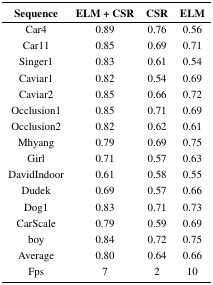
<table><thead><tr><td><b>Sequence</b></td><td><b>ELM + CSR</b></td><td><b>CSR</b></td><td><b>ELM</b></td></tr></thead><tbody><tr><td>Car4</td><td>0.89</td><td>0.76</td><td>0.56</td></tr><tr><td>Car11</td><td>0.85</td><td>0.69</td><td>0.71</td></tr><tr><td>Singer1</td><td>0.83</td><td>0.61</td><td>0.54</td></tr><tr><td>Caviar1</td><td>0.82</td><td>0.54</td><td>0.69</td></tr><tr><td>Caviar2</td><td>0.85</td><td>0.66</td><td>0.72</td></tr><tr><td>Occlusion1</td><td>0.85</td><td>0.71</td><td>0.69</td></tr><tr><td>Occlusion2</td><td>0.82</td><td>0.62</td><td>0.61</td></tr><tr><td>Mhyang</td><td>0.79</td><td>0.69</td><td>0.75</td></tr><tr><td>Girl</td><td>0.71</td><td>0.57</td><td>0.63</td></tr><tr><td>DavidIndoor</td><td>0.61</td><td>0.58</td><td>0.55</td></tr><tr><td>Dudek</td><td>0.69</td><td>0.57</td><td>0.66</td></tr><tr><td>Dog1</td><td>0.83</td><td>0.71</td><td>0.73</td></tr><tr><td>CarScale</td><td>0.79</td><td>0.59</td><td>0.69</td></tr><tr><td>boy</td><td>0.84</td><td>0.72</td><td>0.75</td></tr><tr><td>Average</td><td>0.80</td><td>0.64</td><td>0.66</td></tr><tr><td>Fps</td><td>7</td><td>2</td><td>10</td></tr></tbody></table>